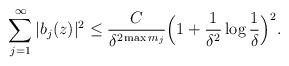
LaTeX: \begin{align*} \sum_{j=1}^\infty |b_j(z)|^2 \le \frac{C}{\delta^{2\max m_j}} \Big(1+ \frac{1}{\delta^2}\log\frac{1}{\delta} \Big)^2. \end{align*}